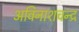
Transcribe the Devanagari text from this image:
अविनाशचन्द्र